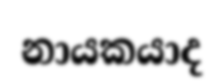
නායකයාද